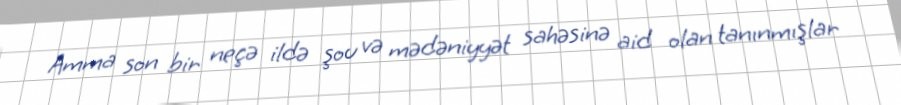
Amma son bir neçə ildə şou və mədəniyyət sahəsinə aid olan tanınmışlar